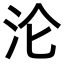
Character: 沦